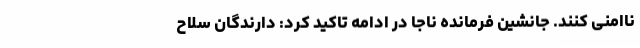
ناامنی کنند. جانشین فرمانده ناجا در ادامه تاکید کرد: دارندگان سلاح